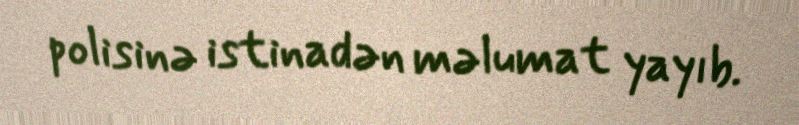
polisinə istinadən məlumat yayıb.